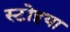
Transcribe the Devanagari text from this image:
स्टोइया